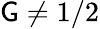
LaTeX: \mathsf{G}\neq1/2